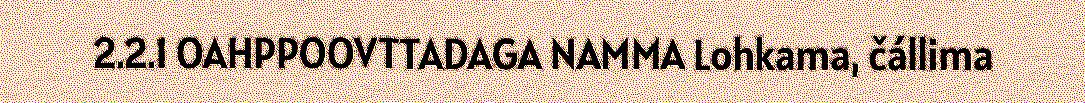
2.2.1 OAHPPOOVTTADAGA NAMMA Lohkama, čállima